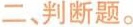
二、判断题。